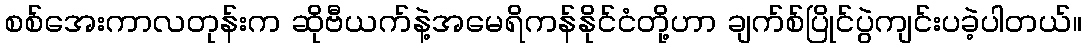
စစ်အေးကာလတုန်းက ဆိုဗီယက်နဲ့အမေရိကန်နိုင်ငံတို့ဟာ ချက်စ်ပြိုင်ပွဲကျင်းပခဲ့ပါတယ်။